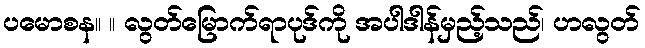
ပမောစန။ ။ လွတ်မြောက်ရာပုဒ်ကို အပါဒါန်မှည့်သည်၊ ဟလွတ်